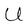
Character: U